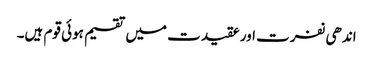
اندھی نفرت اور عقیدت میں تقسیم ہوئی قوم ہیں۔